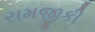
રામજીકી